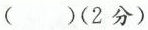
（）（2分）